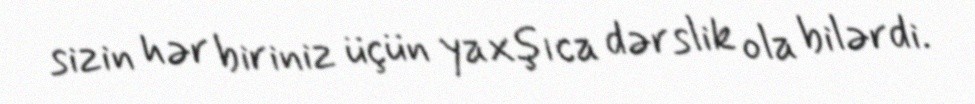
sizin hər biriniz üçün yaxşıca dərslik ola bilərdi.